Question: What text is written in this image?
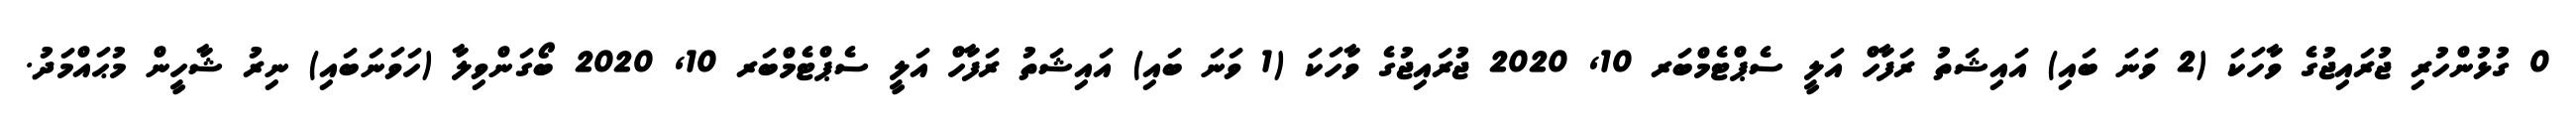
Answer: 0 ގުޅުންހުރި ޖުރައިޖުގެ ވާހަކަ (2 ވަނަ ބައި) އައިޝަތު ރަފާހް އަލީ ސެޕްޓެމްބަރ 10, 2020 ޖުރައިޖުގެ ވާހަކަ (1 ވަނަ ބައި) އައިޝަތު ރަފާހް އަލީ ސެޕްޓެމްބަރ 10, 2020 ބޯގަންވިލާ (ހަވަނަބައި) ނިރު ޝާހީން މުޙައްމަދު.